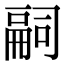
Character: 𠻸